Epidemic dropsy in Calcutta - Number 49
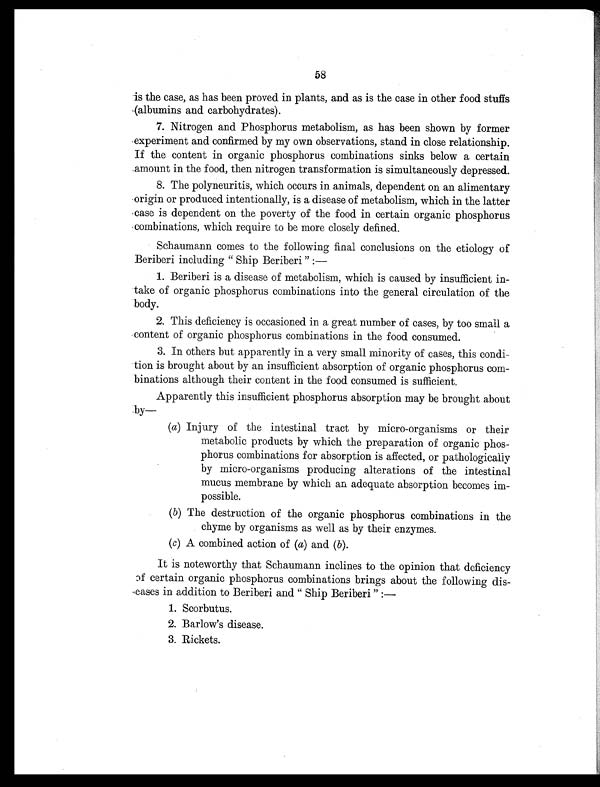
58
is the case, as has been proved in plants, and as is the case in other food stuffs
(albumins and carbohydrates).
7. Nitrogen and Phosphorus metabolism, as has been shown by former
experiment and confirmed by my own observations, stand in close relationship.
If the content in organic phosphorus combinations sinks below a certain
amount in the food, then nitrogen transformation is simultaneously depressed.
8. The polyneuritis, which occurs in animals, dependent on an alimentary
origin or produced intentionally, is a disease of metabolism, which in the latter
case is dependent on the poverty of the food in certain organic phosphorus
combinations, which require to be more closely defined.
Schaumann comes to the following final conclusions on the etiology of
Beriberi including " Ship Beriberi ":
—
1. Beriberi is a disease of metabolism, which is caused by insufficient in-
take of organic phosphorus combinations into the general circulation of the
body.
2. This deficiency is occasioned in a great number of cases, by too small a
content of organic phosphorus combinations in the food consumed.
3. In others but apparently in a very small minority of cases, this condi-
tion is brought about by an insufficient absorption of organic phosphorus com-
binations although their content in the food consumed is sufficient.
Apparently this insufficient phosphorus absorption may be brought about
by—
( a ) I n j u r y o f t h e i n t e s t i n a l t r a c t b y m i c r o - o r g a n i s m s o r t h e i r
metabolic products by which the preparation of organic phos-
phorus combinations for absorption is affected, or pathologically
by micro-organisms producing alterations of the intestinal
mucus membrane by which an adequate absorption becomes im-
possible.
( b ) T h e d e s t r u c t i o n o f t h e o r g a n i c p h o s p h o r u s c o m b i n a t i o n s i n t h e
chyme by organisms as well as by their enzymes.
( c ) A c o m b i n e d a c t i o n o f (
a ) a n d (
b ) .
It is noteworthy that Schaumann inclines to the opinion that deficiency
of certain organic phosphorus combinations brings about the following dis-
eases in addition to Beriberi and Ship Beriberi ":
—
1 . S c o r b u t u s .
2 . Ba r l o w' s d i s e a s e .
3 . R i c k e t s .